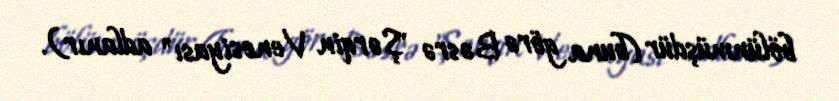
bölünmüşdür (buna görə Bəsrə "Şərqin Venesiyası" adlanır).